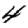
Digit: 4